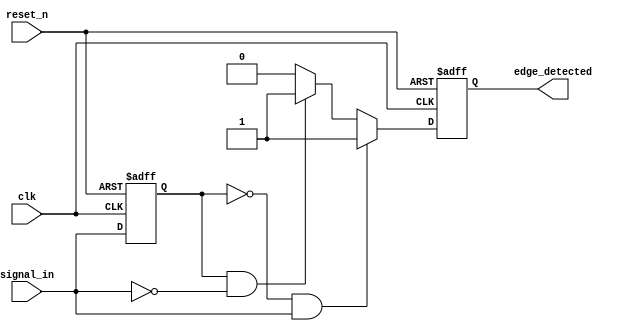
module glitch_free_edge_detector (
    input wire clk,            // Clock signal
    input wire reset_n,        // Active low reset
    input wire signal_in,      // Input signal to detect edges
    output reg edge_detected   // Output signal indicating edge detection
);

    // Internal register to store the previous state of the signal
    reg signal_in_prev;

    // Synchronous process for edge detection
    always @(posedge clk or negedge reset_n) begin
        if (!reset_n) begin
            // Reset condition
            signal_in_prev <= 1'b0;
            edge_detected <= 1'b0;
        end else begin
            // Edge detection logic
            if (signal_in_prev == 1'b0 && signal_in == 1'b1) begin
                // Rising edge detected
                edge_detected <= 1'b1;
            end else if (signal_in_prev == 1'b1 && signal_in == 1'b0) begin
                // Falling edge detected
                edge_detected <= 1'b1;
            end else begin
                // No edge detected
                edge_detected <= 1'b0;
            end
            
            // Update the previous state of the signal
            signal_in_prev <= signal_in;
        end
    end

endmodule